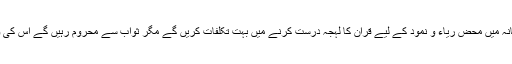
۳؎ یعنی آخری زمانہ میں محض ریاء و نمود کے لیے قرآن کا لہجہ درست کرنے میں بہت تکلفات کریں گے مگر ثواب سے محروم رہیں گے اس کی وجہ آگے آرہی ہے۔